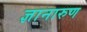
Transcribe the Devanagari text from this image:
ज्ञानारुण